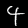
Label: 4